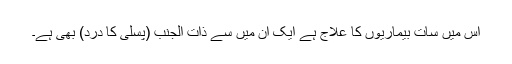
اس میں سات بیماریوں کا علاج ہے ایک ان میں سے ذات الجنب (پسلی کا درد) بھی ہے۔